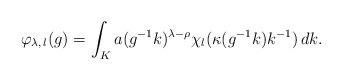
LaTeX: \begin{align*}\varphi_{\lambda,\, l} (g) = \int_K a (g^{-1} k)^{\lambda - \rho} \chi_l (\kappa (g^{-1} k) k^{-1})\, d k.\end{align*}